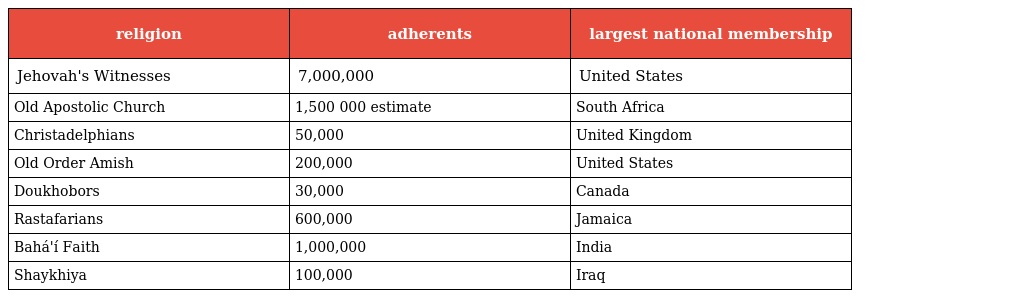
| religion | adherents | largest national membership |
 | --- | --- | --- |
 | Jehovah's Witnesses | 7,000,000 | United States |
 | Old Apostolic Church | 1,500 000 estimate | South Africa |
 | Christadelphians | 50,000 | United Kingdom |
 | Old Order Amish | 200,000 | United States |
 | Doukhobors | 30,000 | Canada |
 | Rastafarians | 600,000 | Jamaica |
 | Bahá'í Faith | 1,000,000 | India |
 | Shaykhiya | 100,000 | Iraq |